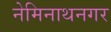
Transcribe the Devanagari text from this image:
नेमिनाथनगर